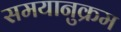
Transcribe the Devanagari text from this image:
समयानुक्रम